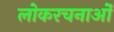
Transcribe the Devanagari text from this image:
लोकरचनाओं